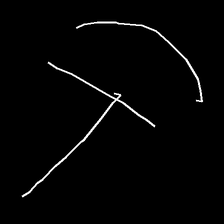
Glyph: dispersion